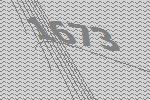
1673